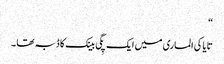
“
تایاکی الماری میں ایک پِگی بینک کا ڈبہ تھا ۔